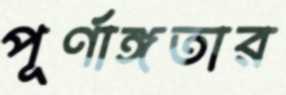
পূর্ণাঙ্গতার